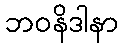
ဘဝနိဒါနာ